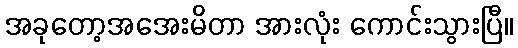
အခုတော့အအေးမိတာ အားလုံး ကောင်းသွားပြီ။